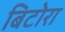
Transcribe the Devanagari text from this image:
बिटोरा